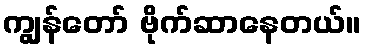
ကျွန်တော် ဗိုက်ဆာနေတယ်။